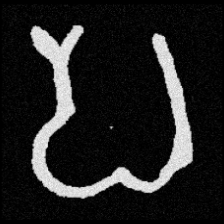
Pyu character \u2014 Myanmar letter: ပ (romanized: pa)